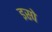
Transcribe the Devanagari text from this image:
इस्पे